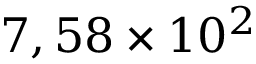
7 , 5 8 \times 1 0 ^ { 2 }